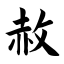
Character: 赦